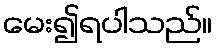
မေး၍ရပါသည်။